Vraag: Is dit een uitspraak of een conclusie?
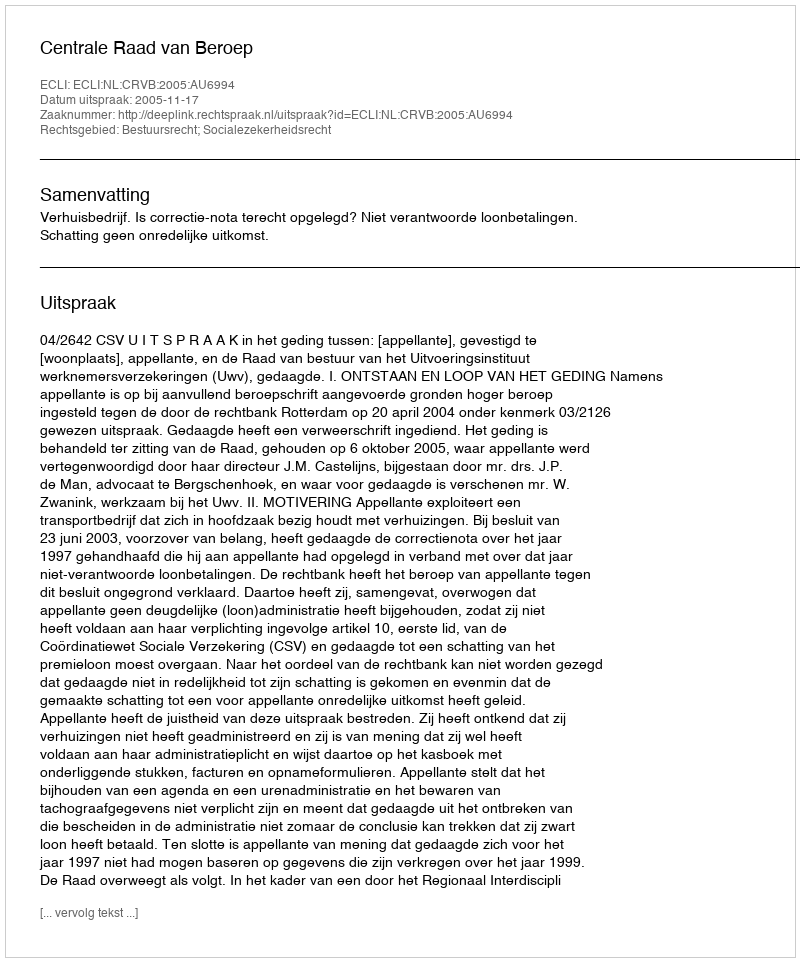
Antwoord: Uitspraak